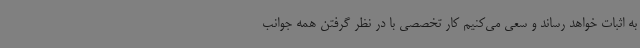
به اثبات خواهد رساند و سعی می‌کنیم کار تخصصی با در نظر گرفتن همه جوانب